King Institute of Preventive Medicine Micro-Biological Section reports 1909-11
Year: 1909
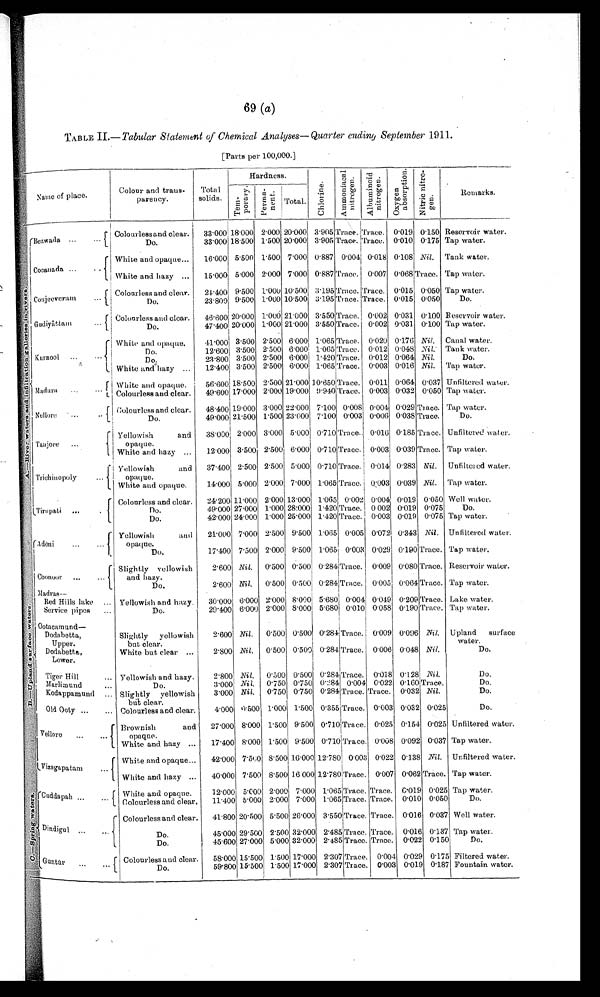
69 ( a)
TABLE II .—Tabular Statement of Chemical Analyses—Quarter ending September 1911.
[Parts per 1.00,000.]
Name of place.
Colour and trans
¬ parency.
Total
solids.
Hardness.
C h l o r i n e .
A m m o n i a c a l n i t r o g e n .
A l b u m i n o i d n i t r o g e n .
O x y g e n a b s o r p t i o n .
Ni t r i c n i t r o ¬ g e n .
Remarks.
T e m ¬ p o r a r y . Perma¬nent.
T o t a l .
A . – R i v e r W a t e r a n d i n f i l t r a t i o n g a l l e r i e s i n r i v e r s .
Bezwada
...
. . .
Colourless and clear.
33.000 18.000 2.000 20.000 3.905 Trace. Trace. 0.019 0.150 Reservoir water.
Do.
33.000 18.500 1.500 20.000 3.905 Trace. Trace. 0.010 0.175 Tap water.
Cocanada ...
...
White and opaque...
16.000 5.500 1.500 7.000 0.887 0.004 0.018 0108 Nil. Tank water.
White and hazy ...
15.000 5.000 2.000 7.000 0.887 Trace. 0.0s07 0.068 Trace. Tap Water.
Conjeeveram
...
Colourless and clear.
24.400 9.500 1.000 10.500 3.195 Trace. Trace. 0.015 0.050 Tap water.
D o . 23.800 9.500 1.000 10.500 3.195 Trace. Trace. 0.015 0.050
Do.
Gudiyāttam
...
Colourless and clear.
46.600 20.000 1.000 21.000 3.550 Trace. 0.002 0.031 0.100 Reservoir water.
Do.
47.400 20.000 1.000 21.000 3.550 Trace. 0.002 0.031 0.100 Tap water.
Kurnool ...
...
'White and opaque.
41.000 3.500 2.500 6.000 1.065 Trace. 0.020 0.176 Nil. Canal water.
Do.
12.600 3.500 2.500 6.000 1.065 Trace. 0.012 0.048
N i l . Tank Water.
Do.
23.800 3.500 2.500 6.000 1.420 Trace. 0.012 0.064 Nil.
Do.
White and. hazy
...
12.400 3.500 2.500 6.000 1.065 Trace. 0.003 0.016 Nil.
Tap Water.
M a d u r a
. . .
. . .
White and opaque.
56.600 18.500 2.500 21.000 10.650 Trace. 0.011 0.064 0.037 Unfiltered water.
Colourless and clear.
49.600 17.000 2.000 19.000 9.940 Trace. 0.003 0.032 0.050 Tap water.
Nellore
..
. . .
Colourless and clear.
4 8 . 4 0 0 19.000 3.00 0
22.000
7.100
0.0
08
0.0 04 0.029
T r a c e . Tap Water.
Do.
49.000
2 1 . 5 0 0
1 . 5 0 0
2 3 . 0 0 0
7 . 1 0 0
0 . 0 0 3
0 . 0 0 6
0 . 0 3 8
Trace Do.
Tanjore
...
Yellowish
and
opaque.
38.000 2.000 3.000 5.000 0.710 Trace. 0.016 0.185 Trace. Unfiltered Water.
White and hazy ...
12.000 3.500 2.500 6.000 0.710 Trace. 0.003 0.039 Trace. Tap water.
Trichinopoly
...
Yellowish
and
opaque.
37.400 2.500 2.500 5.000 0.710 Trace. 0.014 0.283 Nil.
Unfiltered water.
White and opaque.
14.000 5.000 2.000 7.000 1.065 Trace. 0.003 0.039 Nil. Tap water.
Tirupati ...
Colourless and clear.
24.200 11.000 2.000 13.000 1.065 0.002 0.004 0.019 0.050 Well water.
Do.
49.000 27.000 1.000 28:000 1.420 Trace. 0 002 0.019 0.075
Do.
Do.
42.000 24.000 1.000 25.000 1.420 Trace. 0.003 0.019 0.075 Tap water.
B . — U p l a n d s u r f a c e w a t e r s .
Adōni
...
...
Yellowish
and opaque.
21.000 7.000 2.500 9.500 1.065 0.005 0.072 0.343 Nil. Unfiltered water.
Do.
17.400 7.500 2.000 9.500 1.065 0.008 0.029 0.190 Trace. Tap water.
Coonoor
... ...
Slightly yellowish
and hazy.
2.600 Nil.
0.500 0.500 0.284 Trace. 0.009 0.080 Trace. Reservoir water.
Do.
2.600 Nil.
0'500 0.500 0.284 Trace. 0.005 0.064 Trace. Tap water.
Madras—
Red Hills lake ... Yellowish and hazy.
30.000 6.000 2.000 8.000 5.680 0.004 0.049 0.209 Trace. Lake water.
Service pipes
Do.
29.400 6.000 2.000 8.000 5.680 0.010 0.058 0.190 Trace. Tap water.
Ootacamund
—
Dodabetta
, Upper.
Slightly yellowish
but clear.
2.600 Nil.
0.500 0.500
0 . 2 8 4 Trace. 0.009 0.096 Nil. Upland surface
water.
Dodabett
a, Lower.
White but clear ...
2.800 Nil.
0.500 0.500 0.284 Trace. 0.006 0.048 Nil.
Do.
Tiger Hill
. . . Yellowish and hazy.
2.800 Nil.
0.500 0.500 0.284 Trace. 0.018 0.128 Nil.
Do.
Marlimund
...
Do.
3.000 Nil.
0.750 0.750 0.284 0.004 0.022 0.160 Trace.
Do.
Kodappamund ... Slightly yellowish
but clear.
3'000 Nil.
0.750 0.750 0.284 Trace. Trace. 0.032 Nil.
Do.
Old Ooty
... ... Colourless and clear,
4.000 0.500 1.000 1.500 0.355 Trace. 0.003 0.032 0.025
Do.
V e l l o r e
...
...
Brownish and
opaque.
27.000 8.000 1.500 9.500
0 . 7 1 0 Trace. 0.025 0.154 0.025 Unfiltered water.
White and hazy ...
17.400 8.000 1.500 9.500
0 . 7 1 0
Trace. 0.008 0'092 0.037 Tap water.
Vizagapatam
...
White and opaque...
42.000 7.500 8.500 16.000 12.780
0 . 0 0 3 0.022 0.138 Nil. Unfiltered water.
White and hazy ...
40.'000 7.500 8.500 16 000
1 2 . 7 8 0 Trace. 0.007 0.062 Trace. Tap water.
C . — S p r i n g w a t e r .
Cuddapah ...
. . .
W h i t e a n d o p a q u e .
1 2 . 0 0 0
5 . 0 0 0
2 . 0 0 0 7.000
1.065
T r a c e .
T r a c e .
0 . 0 1 9 0.025
T a p Wa t e r .
Colourless and clear.
11.400
5 . 0 0 0
2 . 0 0 0
7 . 0 0 0
1 . 0 6 5
T r a c e T r a c e .
0 . 0 1 0
0 . 0 5 0
Do.
Dindigul
....
Colourless and clear.
41.800 20.500 5.500 26.000 3.550 Trace. Trace. 0.016 0.037 Well water.
Do.
45.000 29.500 2.500 32.000 2.485 Trace. Trace. 0.016 0.137 Tap water.
Do.
45.600 27.000 5.000 32.000 2.485 Trace. Trace. 0.022 0.150
Do.
Gunt
ū r
...
...
Colourless and clear.
58.000 15.500 1.500 17.000 2.307 Trace. 0.004
0.029 0.175 Filtered water.
Do.
59.800 15.500 1.500 17.000 2.307 Trace. 0.003 0.019 0.187 Fountain water.